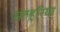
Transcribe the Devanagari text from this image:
सतहरिया